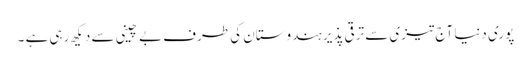
پوری دنیا آج تیزی سے ترقی پذیر ہندوستان کی طرف بے چینی سے دیکھ رہی ہے ۔